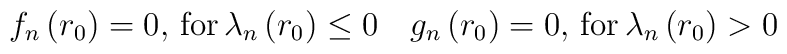
f_n\left(r_0\right) = 0,\,{\rm for}\,\lambda_n\left(r_0\right)\leq 0 \quad g_n\left(r_0\right) =0,\,{\rm for}\,\lambda_n\left(r_0\right)>0